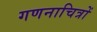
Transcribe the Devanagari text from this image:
गणनाचित्रों